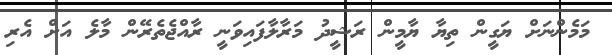
މަމެންނަށް ޔަގީން ތިޔާ ޔާމީން ރަޝީދު މަރާލާފައިވަނީ ރާއްޖެތެރޭން މާލެ އަށް އެރި